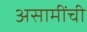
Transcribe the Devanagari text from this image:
असामींची